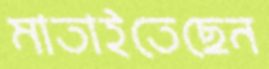
মাতাইতেছেন